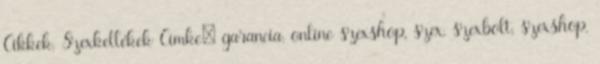
Cikkek, Szexkellékek Címke: garancia, online szexshop, szex, szexbolt, szexshop,